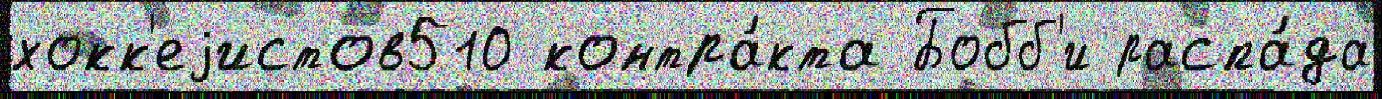
хокк'еjистов510 контра́кта Бобб'и распа́да